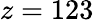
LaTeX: z=123